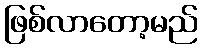
ဖြစ်လာတော့မည်